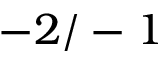
- 2 / - 1